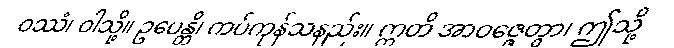
ဝဿံ၊ ဝါသို့။ ဥပေန္တိ၊ ကပ်ကုန်သနည်း။ ဣတိ အာဝဇ္ဇေတွာ၊ ဤသို့